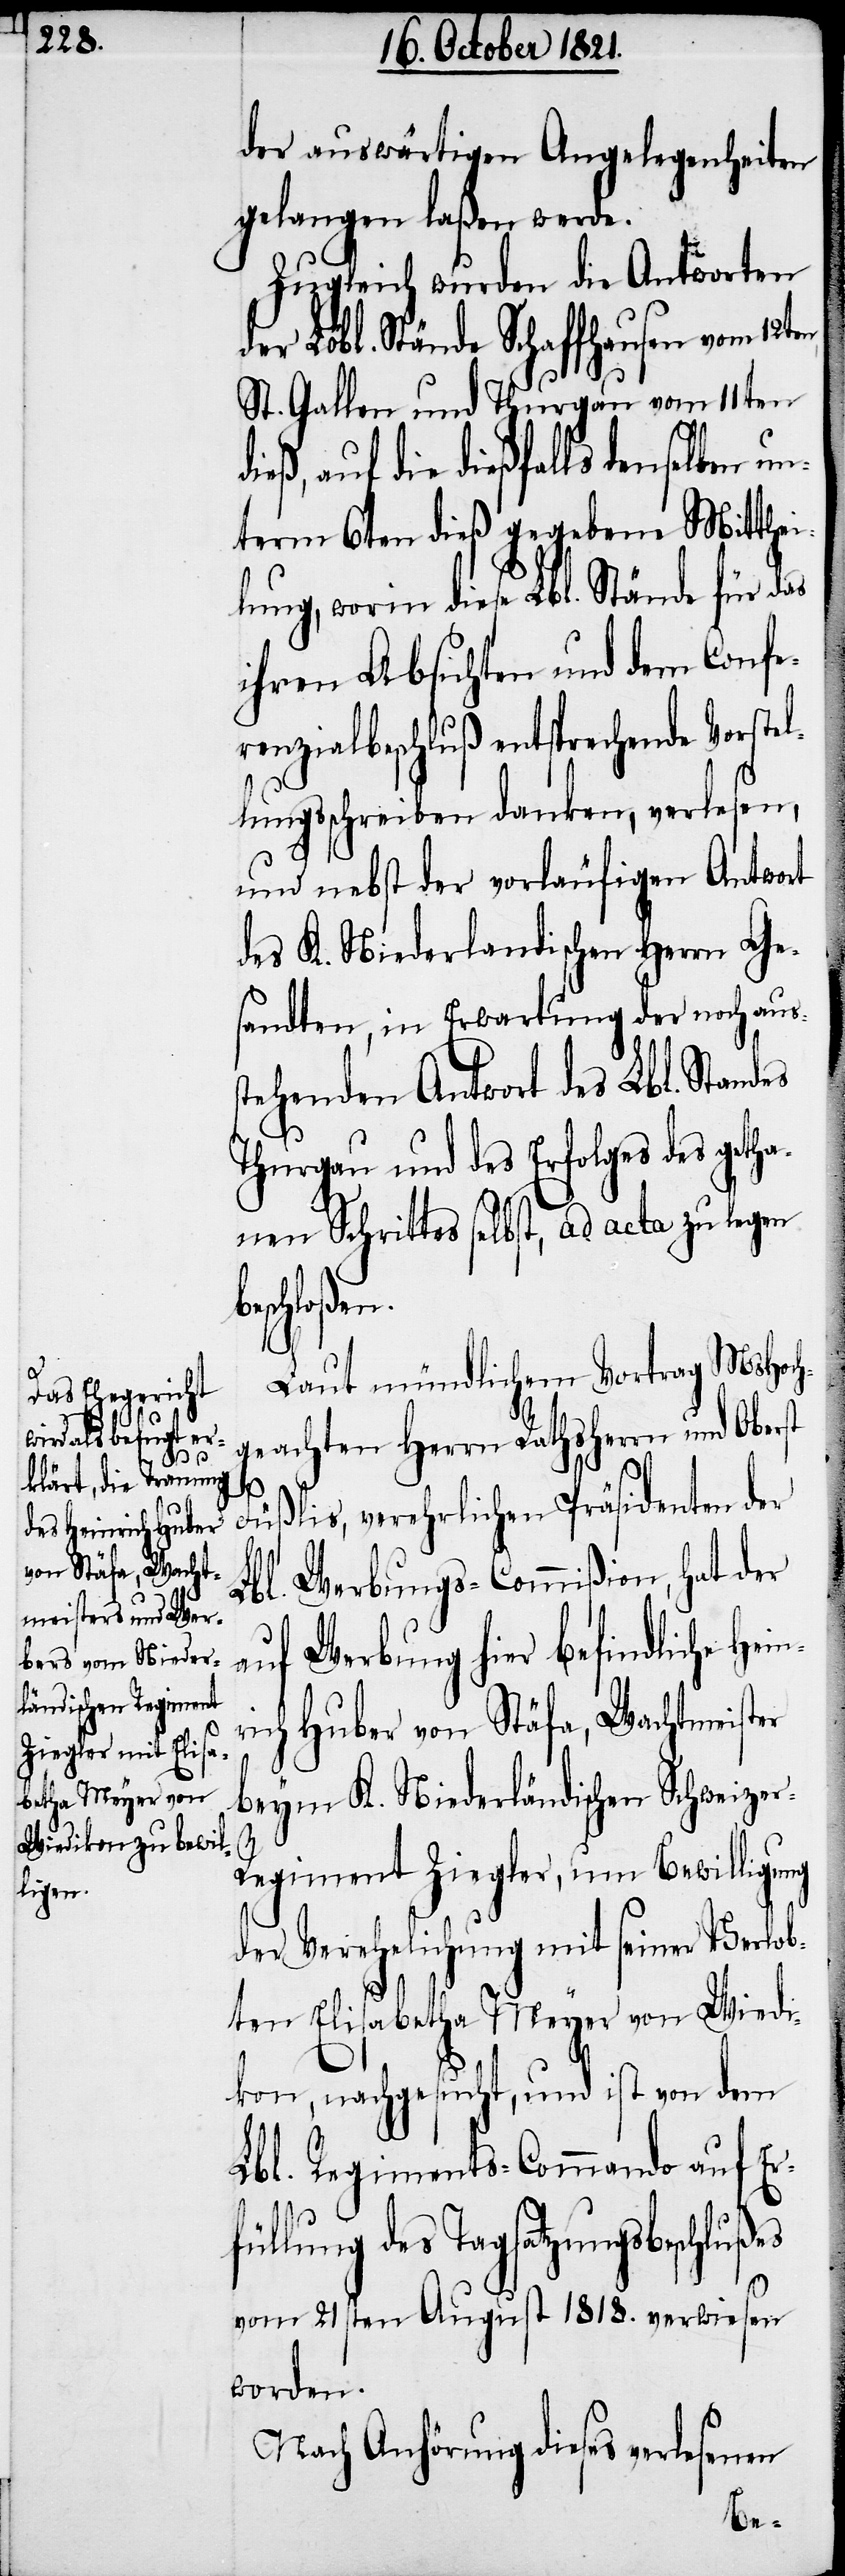
echende Vorstel¬

der auswärtigen Angelegenheiten
gelangen laßen werde.
Zugleich wurden die Antworten
er Löbl. Stände Schaffhausen vom
St. Gallen und Thurgau vom 11ten
die dießfalls denselben un¬
term 6ten dieß gegebene Mitthei¬
lung, worin diese Lbl. Stände für das
ihren Absichten entspr¬
lungsschreiben danken, verlesen,
und nebst der vorläufigen Antwort
des K. Niederländischen Herrn Ge¬
sandten, in Erwartung der noch aus¬
tehenden Antwort des Lbl. Standes
Thurgau und des Erfolges des getha¬
nen Schrittes selbst, ad acta zu legen
schloßen.
Laut mündlichem Vertrag MHoch¬
geachten Herrn Rathsherrn und Oberst
Füßlis, verehrlichen Präsidenten der
Lbl. Werbungs-Commißion, hat der
Werbung hier befindliche
auf
Huber von Stäfa, Wachtmeister
beym K. Niederländischen Schweize¬
s¬
r-Regiment Ziegler, um Bewilligung
der Verehelichung mit seiner Verlob¬
ten Elisabetha Meyer von Wiedi¬
kon, nachgesucht, und ist von dem
Lbl. Regiments-Commando auf Er¬
füllung des Tagsatzungsbeschlußes
vom 21sten August 1818. verwiesen
worden.
Nach Anhörung dieses verlesenen
be¬